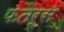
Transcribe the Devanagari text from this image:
फतेर्स